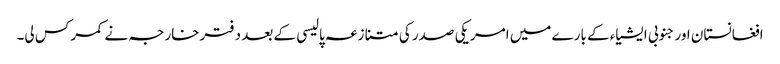
افغانستان اور جنوبی ایشیاء کے بارے میں امریکی صدر کی متنازعہ پالیسی کے بعد دفترخارجہ نے کمر کس لی۔